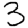
Digit: 3